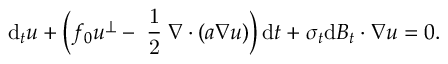
\mathrm { d } _ { t } \boldsymbol { u } + \Big ( f _ { 0 } \boldsymbol { u } ^ { \perp } - \mathrm { \scriptsize ~ \frac { 1 } { 2 } ~ } \boldsymbol { \nabla } \boldsymbol { \cdot } ( \boldsymbol { a } \boldsymbol { \nabla } \boldsymbol { u } ) \Big ) \, \mathrm { d } t + \boldsymbol { \sigma } _ { t } \mathrm { d } \boldsymbol { B } _ { t } \boldsymbol { \cdot } \boldsymbol { \nabla } \boldsymbol { u } = 0 .